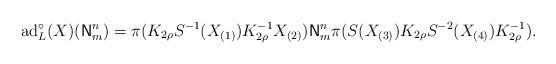
LaTeX: \begin{align*}\mathrm{ad}_{L}^{\circ}(X)(\mathsf{N}_{m}^{n}) =\pi(K_{2\rho}S^{-1}(X_{(1)})K_{2\rho}^{-1}X_{(2)})\mathsf{N}_{m}^{n}\pi(S(X_{(3)})K_{2\rho}S^{-2}(X_{(4)})K_{2\rho}^{-1}).\end{align*}